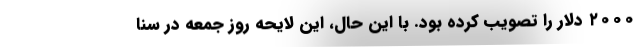
۲۰۰۰ دلار را تصویب کرده بود. با این حال، این لایحه روز جمعه در سنا